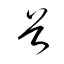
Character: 首